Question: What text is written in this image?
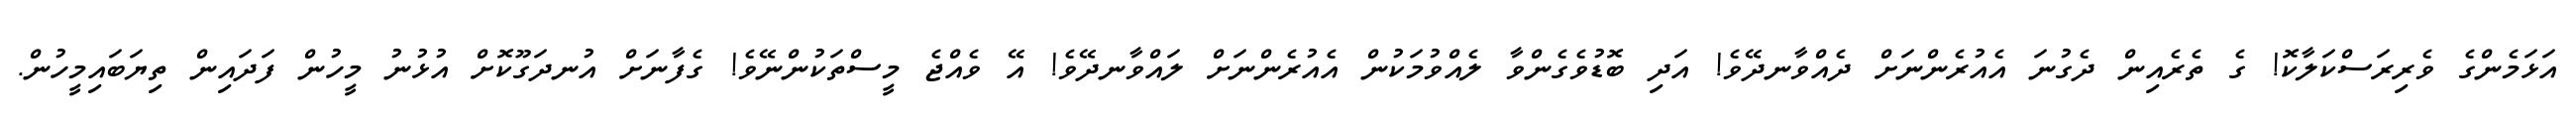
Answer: އަޅަމެންގެ ވެރިރަސްކަލާކޮ! ގެ ތެރެއިން ދެގުނަ އެއުރެންނަށް ދެއްވާނދޭވެ! އަދި ބޮޑުވެގެންވާ ލެއްވުމަކުން އެއުރެންނަށް ލައްވާނދޭވެ! އޭ ވެއްޖެ މީސްތަކުންނޭވެ! ގެފާނަށް އުނދަގޫކޮށް އުޅުނު މީހުން ފަދައިން ތިޔަބައިމީހުން.